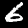
Label: 6